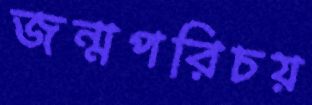
জন্মপরিচয়